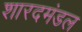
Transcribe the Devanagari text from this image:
शारदमंडल